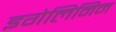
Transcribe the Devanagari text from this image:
इगेलिनिन